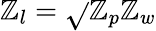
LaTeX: \mathbb{Z}_{l}=\sqrt{}{{\mathbb{Z}_{p}\mathbb{Z}_{w}}}